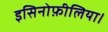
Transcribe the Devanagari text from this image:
इसिनोफ़ीलिया।